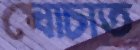
ঘোচাত